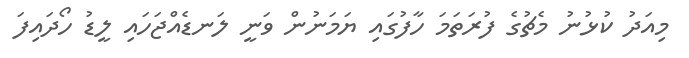
މިއަދު ކުޅުނު މެޗުގެ ފުރަތަމަ ހާފުގައި ޔަމަނުން ވަނީ ލަނޑެއްޖަހައި ލީޑު ހޯދައިފަ